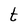
Character: t